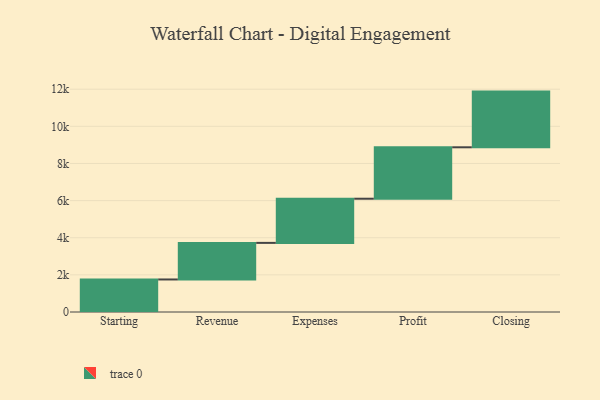
{"axis": {"x": "Step", "y": "Value"}, "legend": [""], "data": [{"x": "Starting", "y": 1752.0, "type": ""}, {"x": "Revenue", "y": 1971.0, "type": ""}, {"x": "Expenses", "y": 2379.0, "type": ""}, {"x": "Profit", "y": 2770.0, "type": ""}, {"x": "Closing", "y": 3000, "type": ""}]}